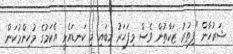
ޝަރުހާން "ފިތުރު ޒަކާތުން ވެސް މިފަހަރު މިބައި މި ކަނޑައެޅީ އެކަމުގެ މުހިންމުކަން